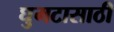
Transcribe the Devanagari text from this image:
घुमटासाठी